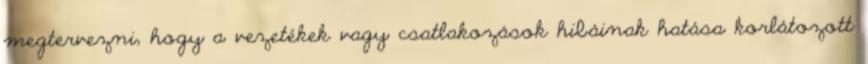
megtervezni, hogy a vezetékek vagy csatlakozások hibáinak hatása korlátozott